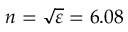
n = \sqrt { \varepsilon } = 6 . 0 8